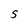
Character: S